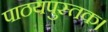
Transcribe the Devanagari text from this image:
पाठयपुस्तक।